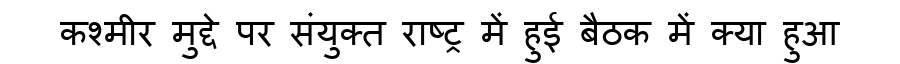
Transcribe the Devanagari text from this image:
कश्मीर मुद्दे पर संयुक्त राष्ट्र में हुई बैठक में क्या हुआ